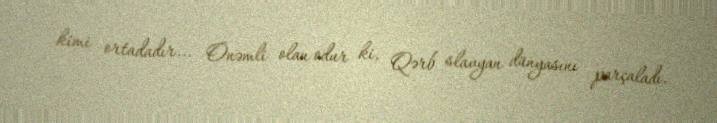
kimi ortadadır... Önəmli olan odur ki, Qərb slavyan dünyasını parçaladı.